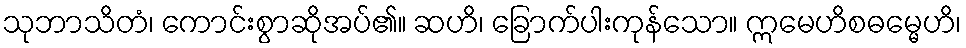
သုဘာသိတံ၊ ကောင်းစွာဆိုအပ်၏။ ဆဟိ၊ ခြောက်ပါးကုန်သော။ ဣမေဟိစဓမ္မေဟိ၊